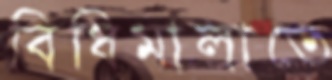
বিধিমালাতে